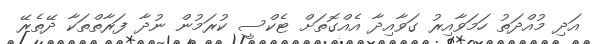
އަދި މުއްދަތު ހަމަވާއިރު ގަވާއިދާ އެއްގޮތަށް ޓެކްސީ ކުރަމުން ނުދާ ފަރާތްތަކާ ދޭތެރޭ